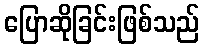
ပြောဆိုခြင်းဖြစ်သည်